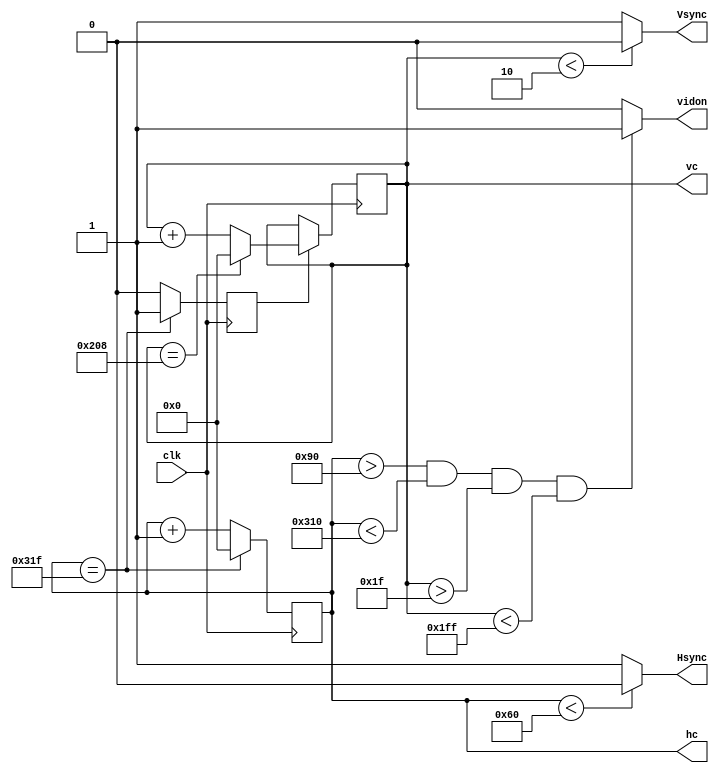
`timescale 1ns / 1ps
//////////////////////////////////////////////////////////////////////////////////
// Company: 
// Engineer: 
// 
// Design Name: 
// Module Name:    vga_640x480 
// Project Name: 
// Target Devices: 
// Tool versions: 
// Description: 
//
// Dependencies: 
//
// Revision: 
// Revision 0.01 - File Created
// Additional Comments: 
//
//////////////////////////////////////////////////////////////////////////////////
module vga_640x480(
		input wire clk,
		output reg Hsync,
		output reg Vsync,
		output reg[9:0] hc,
		output reg[9:0] vc,
		output reg vidon
    );

	parameter h_pixel = 800;
	parameter h_total = 521;
	parameter hbp = 144;
	parameter hfp = 784;
	parameter vbp = 31;
	parameter vfp = 511;
	reg vs_enable;
	
	always @(posedge clk)
	begin
		if (hc == h_pixel - 1)
		begin
			hc <= 0;
			vs_enable <= 1;
		end
		else
		begin
			hc <= hc + 1;
			vs_enable <= 0;
		end
	end
	
	always @(posedge clk)
	begin
		if (vs_enable == 1)
		begin
			if (vc == h_total - 1)
			begin
				vc <= 0;
			end
			else
				vc <= vc + 1;
		end
	end
	
	always @(*)
	begin
		if (hc < 96)
			Hsync = 0;
		else
			Hsync = 1;
	end
	
	always @(*)
	begin
		if (vc < 2)
			Vsync = 0;
		else
			Vsync = 1;
	end
	
	always @(*)
	begin
		if ((hc > hbp) && (hc < hfp) && (vc > vbp) && (vc < vfp))
		begin
			vidon = 1;
		end
		else
			vidon = 0;
	end
endmodule